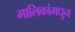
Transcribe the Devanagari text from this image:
मालिकांमधुन